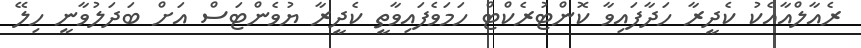
ރެއާލްއާއެކު ކެދީރާ ހަދާފައިވާ ކޮންޓުރެކްޓް ހަމަވެފައިވާތީ ކެދީރާ ޔުވެންޓަސް އަށް ބަދަލުވާނީ ހިލޭ